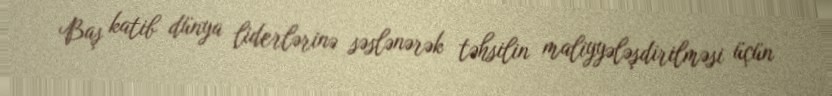
Baş katib dünya liderlərinə səslənərək təhsilin maliyyələşdirilməsi üçün